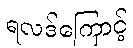
ရလဒ်ကြောင့်